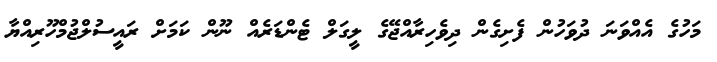
މަހުގެ އެއްވަނަ ދުވަހުން ފެށިގެން ދިވެހިރާއްޖޭގެ ލީގަލް ޓެންޑަރެއް ނޫން ކަމަށް ރައީސުލްޖުމްހޫރިއްޔާ